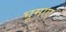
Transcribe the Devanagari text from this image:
घूमाए